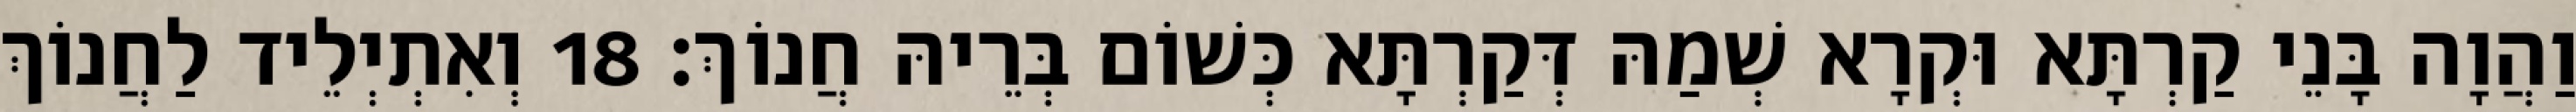
וַהֲוָה בָּנֵי קַרְתָּא וּקְרָא שְׁמַהּ דְּקַרְתָּא כְּשׁוֹם בְּרֵיהּ חֲנוֹךְ׃ 18 וְאִתְיְלֵיד לַחֲנוֹךְ